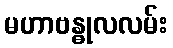
မဟာဗန္ဓုလလမ်း